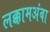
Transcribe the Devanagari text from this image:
लक्कामअंबा